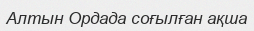
Алтын Ордада соғылған ақша